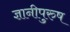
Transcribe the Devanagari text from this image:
ज्ञानीपुरुष